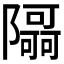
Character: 𮥯